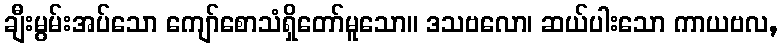
ချီးမွမ်းအပ်သော ကျော်စောသံရှိတော်မူသော။ ဒသဗလော၊ ဆယ်ပါးသော ကာယဗလ,